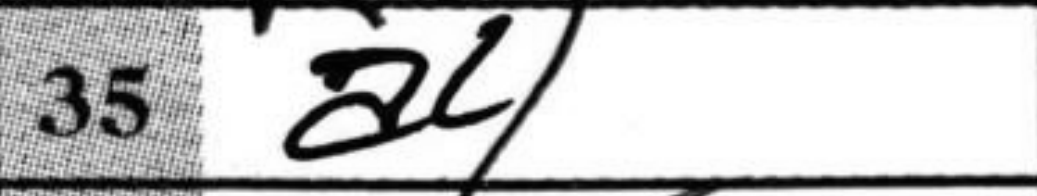
Transcription: a4